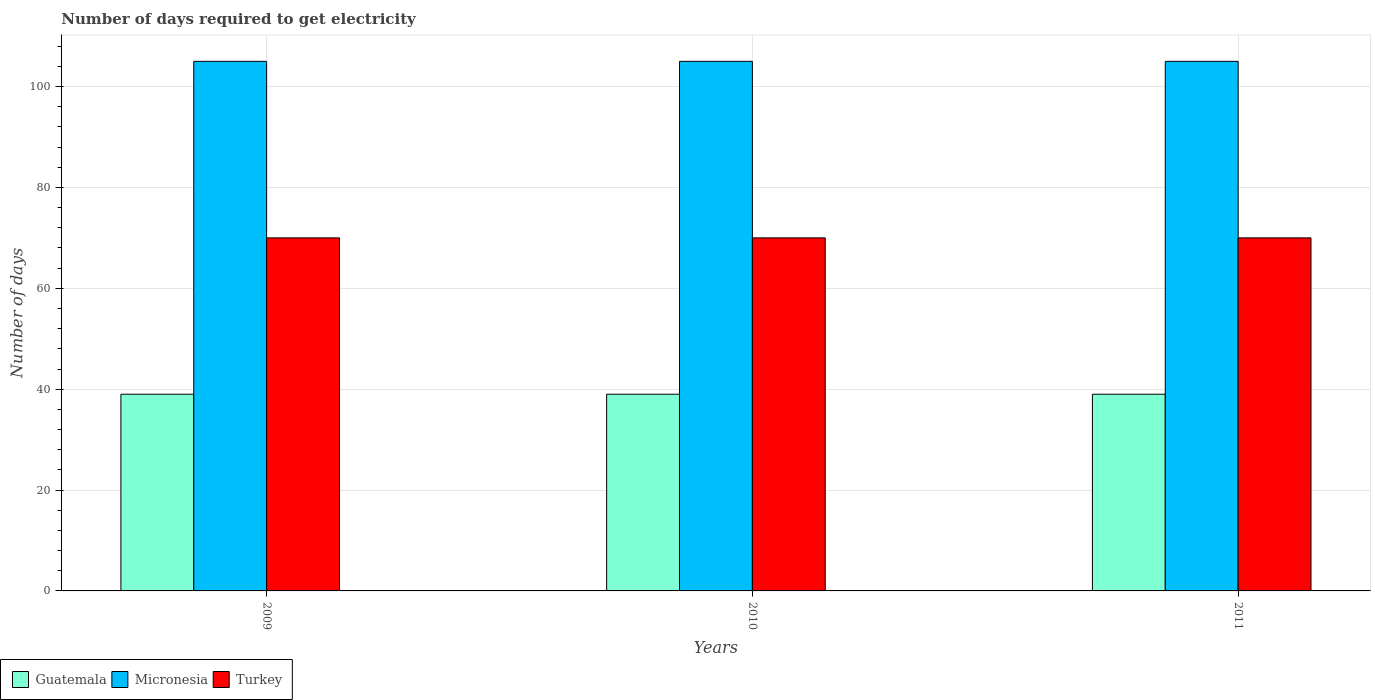
| Years | Guatemala | Micronesia | Turkey |
 | --- | --- | --- | --- |
 | 2009 | 39 | 105 | 70 |
 | 2010 | 39 | 105 | 70 |
 | 2011 | 39 | 105 | 70 |